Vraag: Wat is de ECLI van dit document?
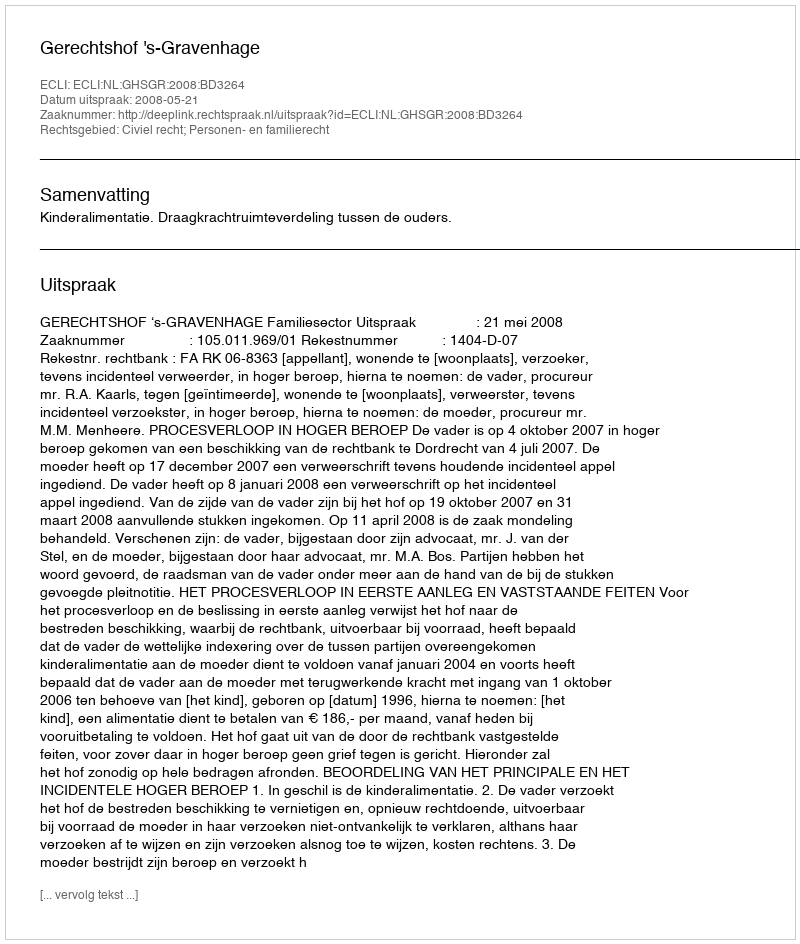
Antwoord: ECLI:NL:GHSGR:2008:BD3264